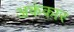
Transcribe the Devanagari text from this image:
अकंकार